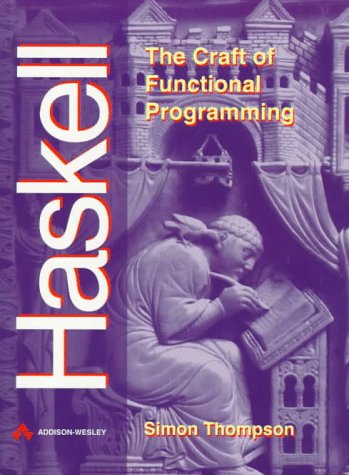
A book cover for Haskell: The Craft of Functional Programming; Simpon Thompson; Computers & Technology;